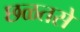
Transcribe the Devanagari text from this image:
छळतसे